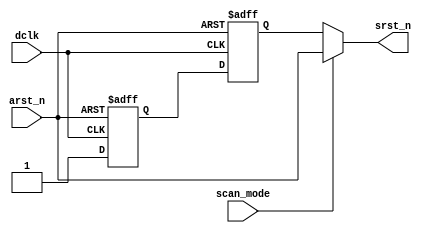
module reset_sync (
	scan_mode,
	dclk,
	arst_n,
	srst_n
);
	parameter WIDTH = 1;
	input scan_mode;
	input dclk;
	input arst_n;
	output wire srst_n;
	reg in_data_s;
	reg in_data_2s;
	assign srst_n = (scan_mode ? arst_n : in_data_2s);
	always @(negedge arst_n or posedge dclk)
		if (arst_n == 1'b0) begin
			in_data_s <= 1'b0;
			in_data_2s <= 1'b0;
		end
		else begin
			in_data_s <= 1'b1;
			in_data_2s <= in_data_s;
		end
endmodule